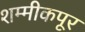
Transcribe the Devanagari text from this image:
शम्मीकपूर